Report on lock hospitals in British Burma
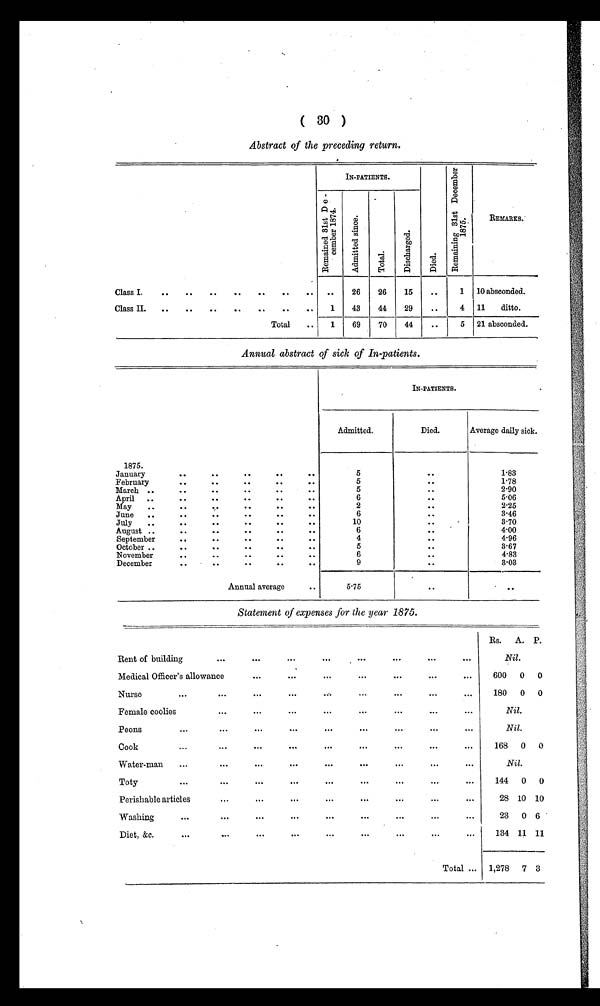
( 30 )
Abstract of the preceding return.
IN-PATIENTS.
R e m a i n i n g 3 1 s t D e c e m b e r 1 8 7 5 .
R e m a i u n e d 3 1 s t D e c e m b e r 1 8 7 4
A d m i t t e d s i n c e . T o t a l .
D i s c h a r g e d . D i e d .
REMARKS.
Class I. .. . . .. ..
. . .. .. .. 26 26 15 . . 1 10 absconded.
Class II. .. . . .. ..
. . .. .. 1 43 44 29
. . 4 11 ditto.
Total .. 1 69 70 44 .. 5 21 absconded.
Annual abstract of sick of In-patients.
IN-PATIENTS.
Admitted.
Died.
Average daily sick.
1875.
January
..
..
..
..
..
5
..
F83
February
..
..
..
• •
• - •
5
1.78
March ..
••
• •
• •
• •
• •
5
• •
2.90
April ..
0 •
• •
• •
..
..
..
5.06
May ..
..
.
..
..
• •
2
• •
2.25
June ..
• •
..
..
..
..
6
• •
3.46
July ..
• •
..
• •
• •
10
•-
3.70
August ..
..
• •
• •
..
..
6
..
4.00
September
• •
..
• •
..
• •
4
..
4.96
October ..
..
• •
• •
• •
5
3.67
November
• .
..
• •
• •
• •
6
• •
4.83
December
..
. .
. .
. .
. .
9
. . 3.03
Annual average
..
5.75
..
Statement of expenses for the year 1875.
Rs. A. P.
Rent of building
...
. . . ...
. . . . . .
. . .
. . . . . .
Nil.
Medical Officer's allowance
. . .
. . .
. . .
...
... 600 0 0
Nurse
...
...
. . .
. . . ...
. . .
. . .
. . . 180 0 0
Female coolies
. . .
. . .
. . .
. . .
. . .
. . .
. . .
. . .
Nil.
Peons
. . .
. . .
. . .
. . .
. . .
. . .
. . .
. . .
Nil.
Cook
...
...
. . .
. . .
. . .
. . .
...
...
... 168 0 0
Water-man
. . . ...
. . .
. . .
. . .
. . .
. . .
. . .
Nil.
Toty
...
...
...
. . .
...
...
...
. . .
... 144 0 0
Perishable articles
. . .
. . .
. . .
. . .
. . .
. . .
...
. . .
28 10 10
Washing
. . .
. . .
. . .
. . .
. . .
...
. . .
. . .
23 0 6
Diet, &c.
...
. . .
. . .
. . .
. . .
. . .
. . .
. . .
. . . 134 11 11
Total ... 1,278 7 3